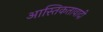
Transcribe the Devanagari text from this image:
आस्तिकतावादी